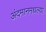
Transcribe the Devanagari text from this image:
अंदमानमधल्या